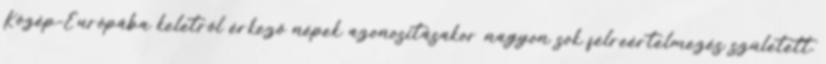
Közép-Európába keletről érkező népek azonosításakor nagyon sok félreértelmezés született.